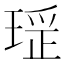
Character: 𤧏